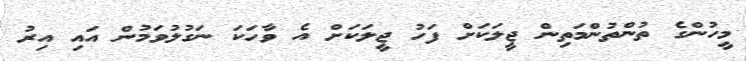
މީހުންގެ ތުންތުންމަތިން ޖީލަކަށް ފަހު ޖީލަކަށް އެ ވާހަކަ ނަގުލުވަމުން އައި އިރު